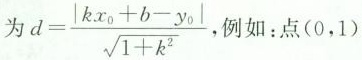
为$$d = \frac { \left | k x _ { 0 } + b - y _ { 0 } \right | } { \sqrt { 1 + k ^ { 2 } } }$$，例如：点(0，1)